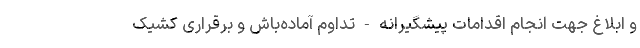
و ابلاغ جهت انجام اقدامات پیشگیرانه - تداوم آماده‌باش و برقراری کشیک